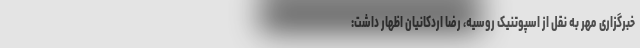
خبرگزاری مهر به نقل از اسپوتنیک روسیه، رضا اردکانیان اظهار داشت: